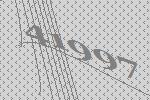
41997